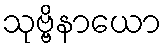
သုဗ္ဗိနာယော